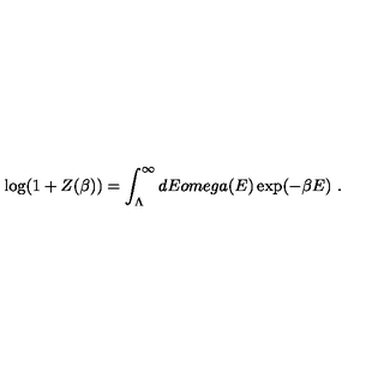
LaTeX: \log ( 1 + Z ( \beta ) ) = \int _ { \Lambda } ^ { \infty } d E o m e g a ( E ) \exp ( - \beta E ) \ .